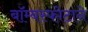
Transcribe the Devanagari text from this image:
बॉम्बस्फोटाने